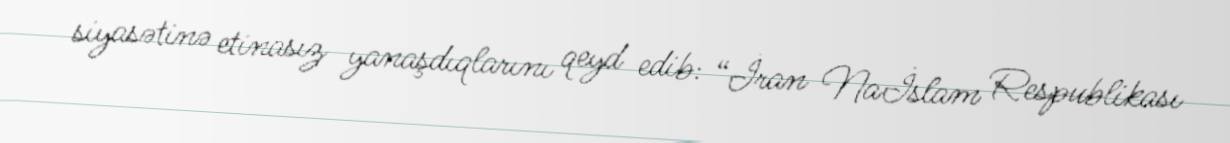
siyasətinə etinasız yanaşdıqlarını qeyd edib: “İran Naİslam Respublikası